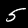
Label: 5